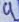
Text: 4